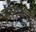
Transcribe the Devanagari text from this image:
मलेनाडू